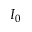
I _ { 0 }